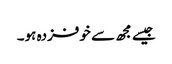
جیسے مجھ سے خوفزدہ ہو۔